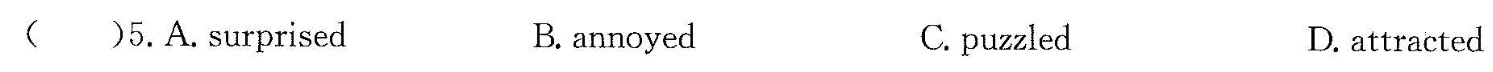
( )5.A.surprised